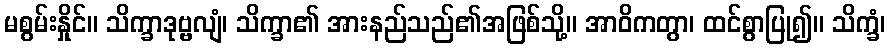
မစွမ်းနှိုင်။ သိက္ခာဒုဗ္ဗလျံ၊ သိက္ခာ၏ အားနည်သည်၏အဖြစ်သို့။ အာဝိကတွာ၊ ထင်စွာပြု၍။ သိက္ခံ၊